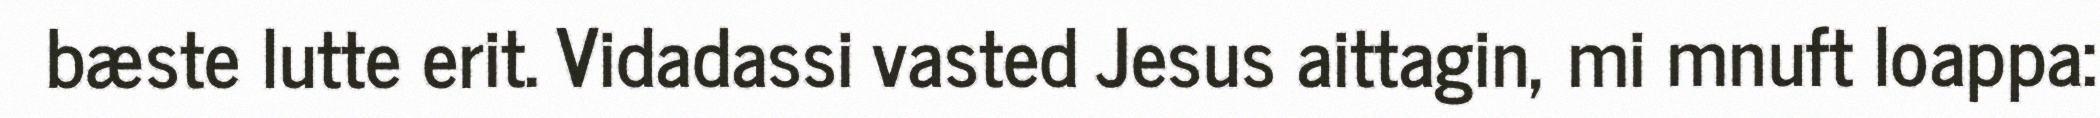
bæste lutte erit. Vidadassi vasted Jesus aittagin, mi mnuft loappa: